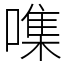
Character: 㗱